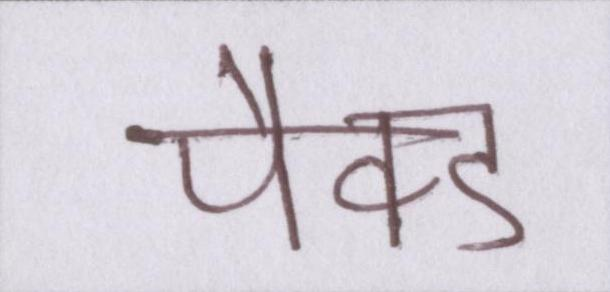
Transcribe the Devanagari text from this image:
पैक्ड